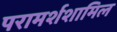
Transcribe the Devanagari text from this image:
परामर्शशामिल